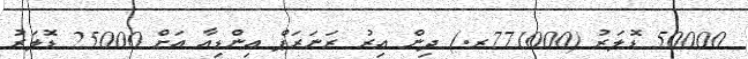
50000 ޑޮލަރު (771000ރ.) ދިން އިރު ރަނަރަޕް އިންޑިއާ އަށް 25000 ޑޮލަރު